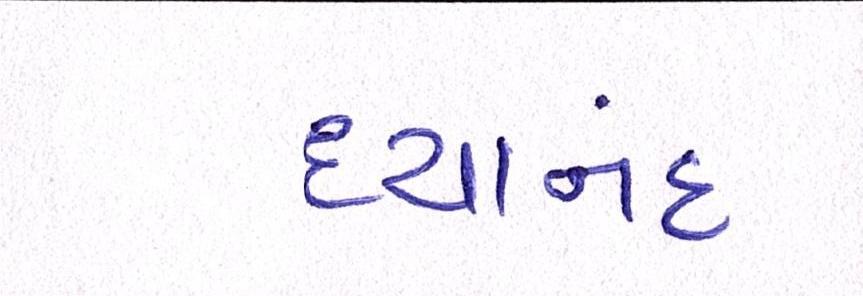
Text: દયાનંદ